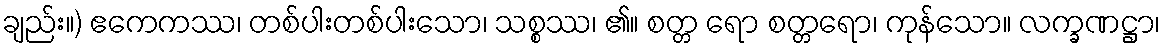
ချည်း။) ဧကေကဿ၊ တစ်ပါးတစ်ပါးသော၊ သစ္စဿ၊ ၏။ စတ္တ ရော စတ္တရော၊ ကုန်သော။ လက္ခဏဋ္ဌာ၊